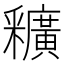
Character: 𨤡